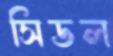
সিডল